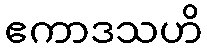
ဧကာဒသဟိ